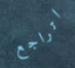
اتراجع